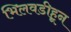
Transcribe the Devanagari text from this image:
भिलवडीहून